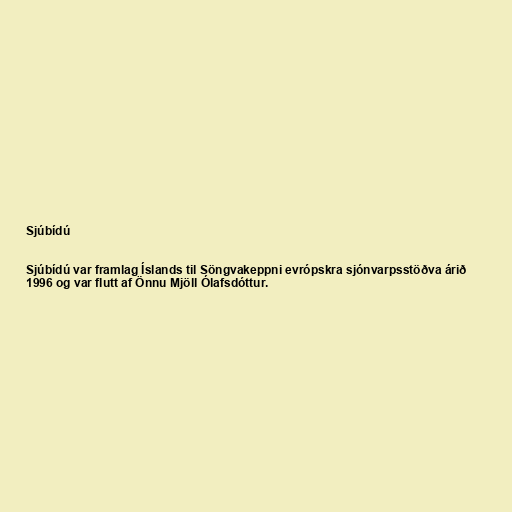
Sjúbídú

Sjúbídú var framlag Íslands til Söngvakeppni evrópskra sjónvarpsstöðva árið
1996 og var flutt af Önnu Mjöll Ólafsdóttur.